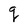
Character: q